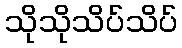
သိုသိုသိပ်သိပ်